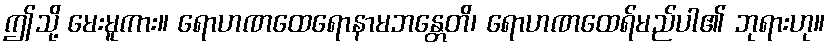
ဤသို့ မေးမူကား။ ရောဟဏထေရောနာမဘန္တေတိ၊ ရောဟဏထေရ်မည်ပါ၏ ဘုရားဟု။